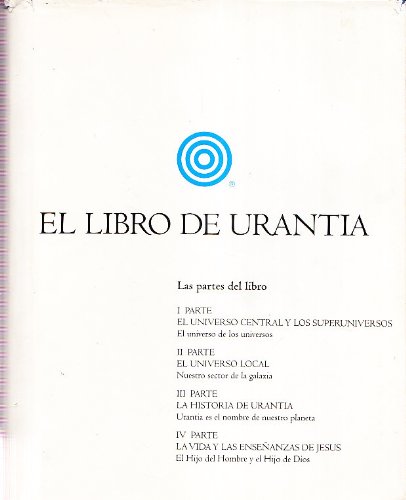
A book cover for Urantia Book: El Libro De Urantia (Spanish Edition); Religion & Spirituality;